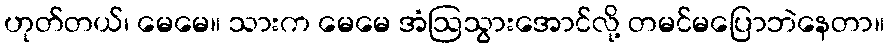
ဟုတ်တယ်၊ မေမေ။ သားက မေမေ အံဩသွားအောင်လို့ တမင်မပြောဘဲနေတာ။